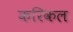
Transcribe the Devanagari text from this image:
करिकल